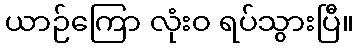
ယာဉ်ကြော လုံးဝ ရပ်သွားပြီ။